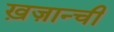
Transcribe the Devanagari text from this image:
ख़ज़ान्ची